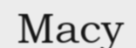
Macy